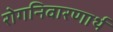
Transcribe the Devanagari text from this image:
रोगनिवारणार्थ